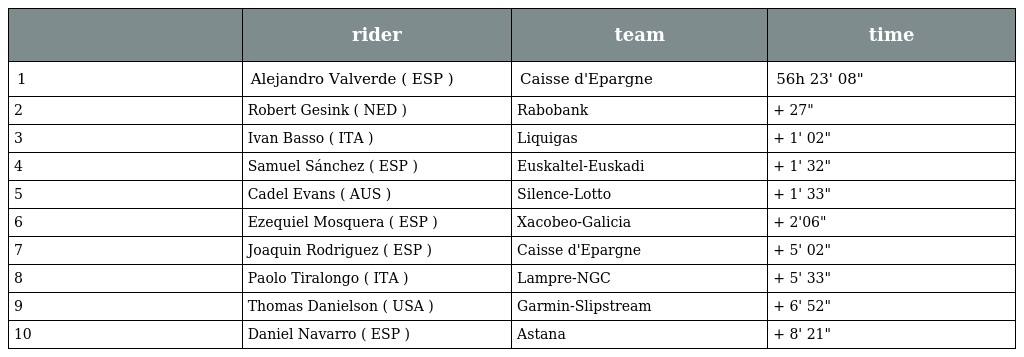
|  | rider | team | time |
 | --- | --- | --- | --- |
 | 1 | Alejandro Valverde ( ESP ) | Caisse d'Epargne | 56h 23' 08" |
 | 2 | Robert Gesink ( NED ) | Rabobank | + 27" |
 | 3 | Ivan Basso ( ITA ) | Liquigas | + 1' 02" |
 | 4 | Samuel Sánchez ( ESP ) | Euskaltel-Euskadi | + 1' 32" |
 | 5 | Cadel Evans ( AUS ) | Silence-Lotto | + 1' 33" |
 | 6 | Ezequiel Mosquera ( ESP ) | Xacobeo-Galicia | + 2'06" |
 | 7 | Joaquin Rodriguez ( ESP ) | Caisse d'Epargne | + 5' 02" |
 | 8 | Paolo Tiralongo ( ITA ) | Lampre-NGC | + 5' 33" |
 | 9 | Thomas Danielson ( USA ) | Garmin-Slipstream | + 6' 52" |
 | 10 | Daniel Navarro ( ESP ) | Astana | + 8' 21" |